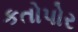
કતોપોર